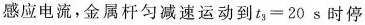
感应电流，金属杆匀减速运动到$$t _ { 3 } = 2 0 s$$时停